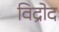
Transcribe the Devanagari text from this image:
विद्रोद